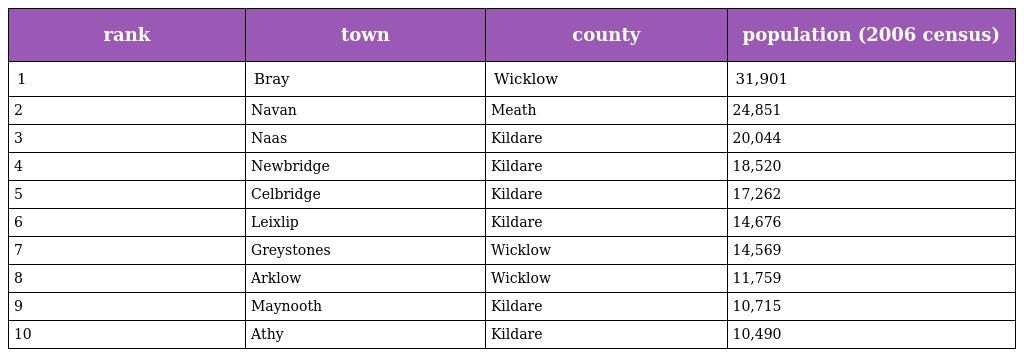
| rank | town | county | population (2006 census) |
 | --- | --- | --- | --- |
 | 1 | Bray | Wicklow | 31,901 |
 | 2 | Navan | Meath | 24,851 |
 | 3 | Naas | Kildare | 20,044 |
 | 4 | Newbridge | Kildare | 18,520 |
 | 5 | Celbridge | Kildare | 17,262 |
 | 6 | Leixlip | Kildare | 14,676 |
 | 7 | Greystones | Wicklow | 14,569 |
 | 8 | Arklow | Wicklow | 11,759 |
 | 9 | Maynooth | Kildare | 10,715 |
 | 10 | Athy | Kildare | 10,490 |